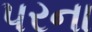
પરના